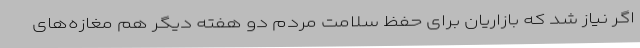
اگر نیاز شد که بازاریان برای حفظ سلامت مردم دو هفته دیگر هم مغازه‌های